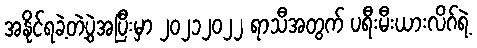
အနိုင်ရခဲ့တဲ့ပွဲအပြီးမှာ ၂၀၂၁၂၀၂၂ ရာသီအတွက် ပရီးမီးယားလိဂ်ရဲ့